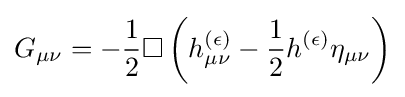
G_{\mu \nu }=-{\frac {1}{2}}\square \left(h_{\mu \nu }^{(\epsilon )}-{\frac {1}{2}}h^{(\epsilon )}\eta _{\mu \nu }\right)